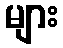
များ